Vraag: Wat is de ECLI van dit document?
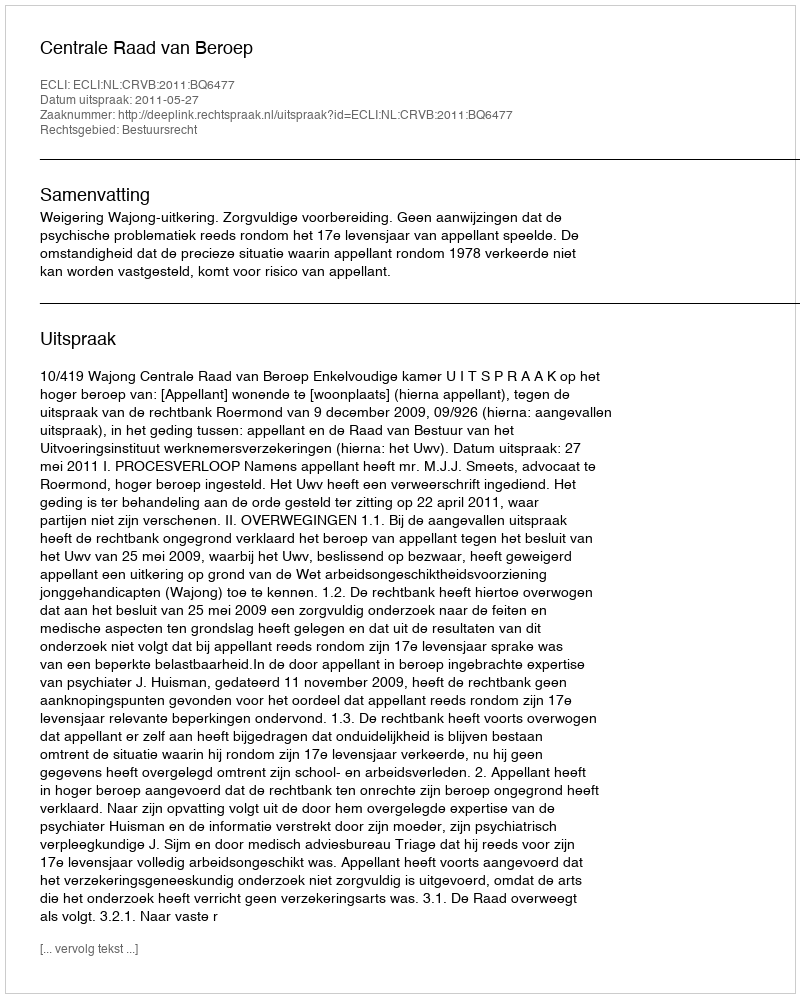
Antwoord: ECLI:NL:CRVB:2011:BQ6477